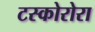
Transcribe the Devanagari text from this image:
टस्कोरोरा